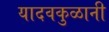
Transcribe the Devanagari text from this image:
यादवकुळानी